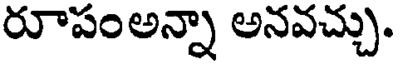
రూపంఅన్నా అనవచ్చు.